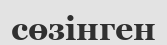
сөзінген